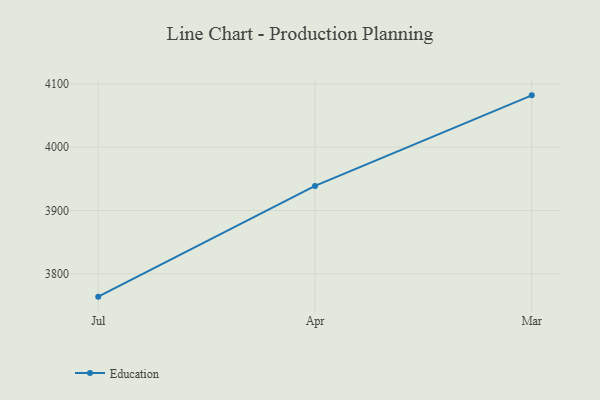
{"axis": {"x": "Month", "y": "Temperature (°C)"}, "legend": ["Education"], "data": [{"x": "Jul", "y": 3764.0, "type": "Education"}, {"x": "Apr", "y": 3938.8, "type": "Education"}, {"x": "Mar", "y": 4081.8, "type": "Education"}]}